Regulations for the medical services of the Army of India
Year: 1930
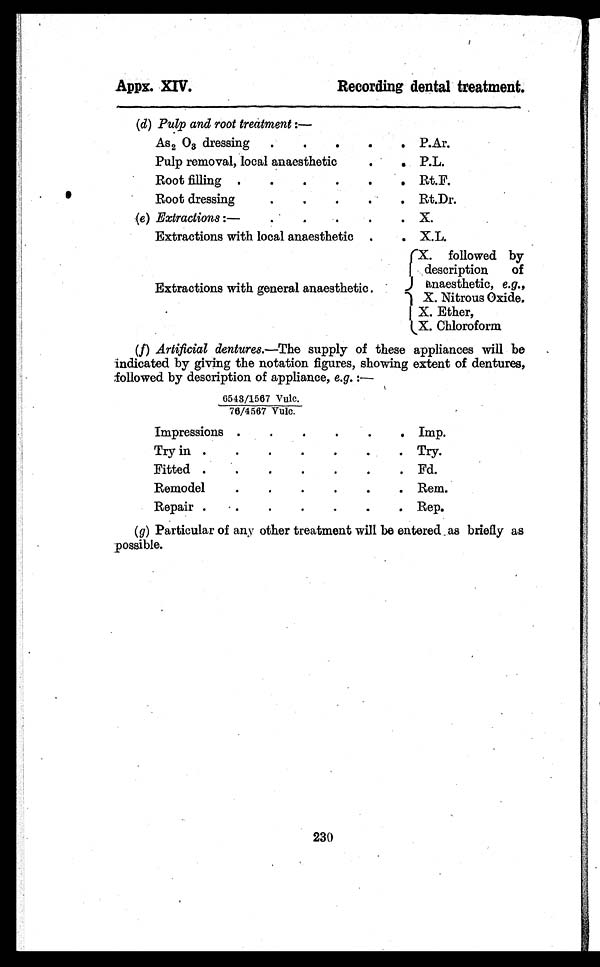
Appx. XIV.
Recording dental treatment.
(d) Pulp and root treatment:—
AS2 O3 dressing . . .
P.Ar.
Pulp removal, local anaesthetic . . .
P.L.
Root filling . . .
Rt.F.
Root dressing . . .
Rt.Dr.
(e) Extractions:— . . .
X.
Extractions with local anaesthetic . . .
X.L.
Extractions with general anaesthetic . . .
X. followed by
description
of
anaesthetic,
e.g.,
X. Nitrous Oxide.
X. Ether,
X. Chloroform
(f) Artificial dentures.—The supply of these appliances will be
indicated by giving the notation figures, showing extent of dentures,
followed by description of appliance, e.g.: —
6 5 4 3 / 1 5 6 7 V u l c .
7 6 / 4 5 6 7 V u l c .
Impressions . . .
Imp.
Try in . . .
Try.
Fitted . . .
Fd.
Remodel . . .
Rem.
Repair . . .
Rep.
( g) Particular of any other treatment will be entered as briefly as
possible.
230